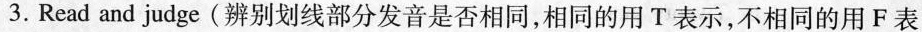
3.Read and judge(辨别划线部分发音是否相同,相同的用 T表示,不相同的用 F表